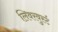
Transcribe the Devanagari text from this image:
लिवरवुर्स्ट